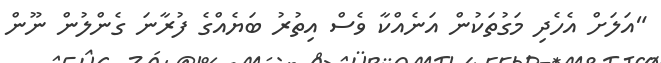
"އަލަށް އެހެދި މަގުތަކުން އަނެއްކާ ވެސް އިތުރު ބަޔެއްގެ ފުރާނަ ގެންލުން ނޫން